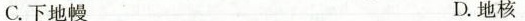
C.下地幔 D.地核